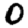
Digit: 0